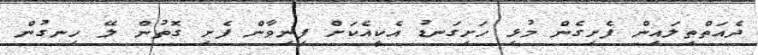
ދެއަތްތިލައިން ފެށިގެން މުޅި ހަށިގަނޑު އެކީއެކަށް ފިނިވާން ފެށި ގޮތުން ލޭ ހިނގުން